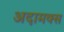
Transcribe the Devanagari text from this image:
अदामक्स